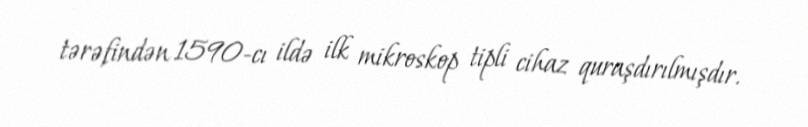
tərəfindən 1590-cı ildə ilk mikroskop tipli cihaz quraşdırılmışdır.